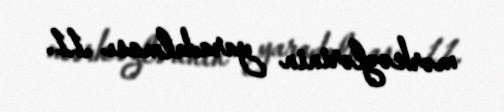
mərkəzlərinin yaradılması .11.